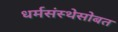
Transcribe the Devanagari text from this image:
धर्मसंस्थेसोबत